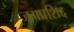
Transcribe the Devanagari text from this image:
जगप्रशिद्द